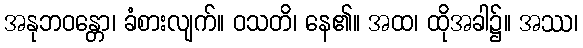
အနုဘဝန္တော၊ ခံစားလျက်။ ဝသတိ၊ နေ၏။ အထ၊ ထိုအခါ၌။ အဿ၊